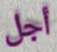
أجل